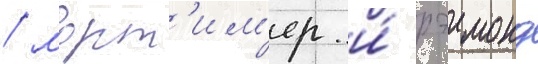
/ морт'им'ер и́ рэимонд